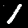
Digit: 1